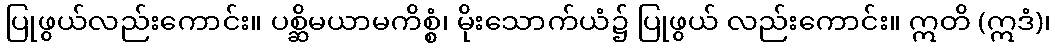
ပြုဖွယ်လည်းကောင်း။ ပစ္ဆိမယာမကိစ္စံ၊ မိုးသောက်ယံ၌ ပြုဖွယ် လည်းကောင်း။ ဣတိ (ဣဒံ)၊